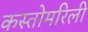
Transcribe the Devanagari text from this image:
कस्तोमरिली